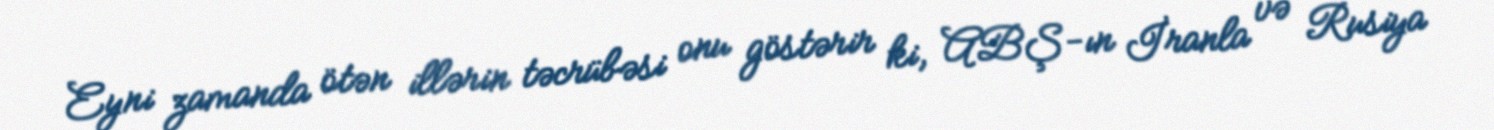
Eyni zamanda ötən illərin təcrübəsi onu göstərir ki, ABŞ-ın İranla və Rusiya